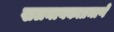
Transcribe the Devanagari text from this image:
खलनायकाप्रमाणे